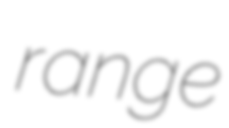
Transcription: range